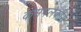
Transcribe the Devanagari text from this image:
कमपलकीस